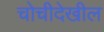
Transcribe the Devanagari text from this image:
चोचीदेखील